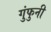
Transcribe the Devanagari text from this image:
गुंफुनी